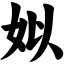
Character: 姒